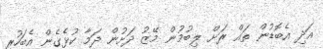
އަދި އެބޮޑުން ތައް ރަށް ލިބުމުން މޭޒު ދަށުން ދަމާ ކުޅެގެން އެބަހުރި